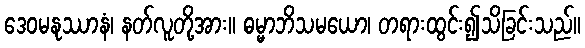
ဒေဝမနုဿာနံ၊ နတ်လူတို့အား။ ဓမ္မာဘိသမယော၊ တရားထွင်း၍သိခြင်းသည်။